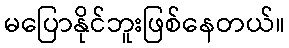
မပြောနိုင်ဘူးဖြစ်နေတယ်။